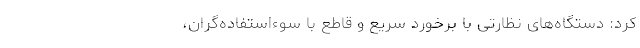
کرد: دستگاه‌های نظارتی با برخورد سریع و قاطع با سوءاستفاده‌گران،